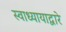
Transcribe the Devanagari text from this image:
स्वाध्यायाद्वारे